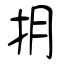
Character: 抈